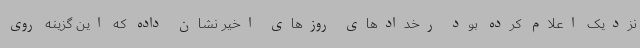
نزدیک اعلام کرده بود رخدادهای روزهای اخیر نشان داده که این گزینه روی